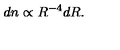
d n \propto R ^ { - 4 } d R . \,